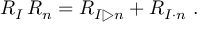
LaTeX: R _ { I } \, R _ { n } = R _ { I \triangleright n } + R _ { I \cdot n } \ .